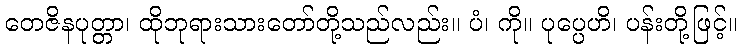
တေဇိနပုတ္တာ၊ ထိုဘုရားသားတော်တို့သည်လည်း။ ပံ၊ ကို။ ပုပ္ပေဟိ၊ ပန်းတို့ဖြင့်။